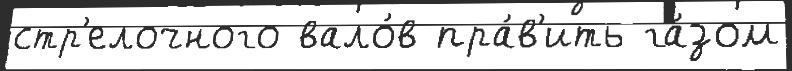
стр'елочного вало́в пра́в'ить га́зом